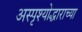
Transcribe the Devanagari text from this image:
अस्पृश्योद्धाराच्या